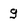
Character: g